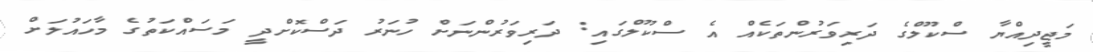
މަޖީދިއްޔާ ސްކޫލްގެ ދަރިވަރުންތަކެއް އެ ސްކޫލްގައި: ދަރިވަރުންނަށް ހުނަރު ދަސްކޮށްދީ މަސައްކަތުގެ މާހައުލަށް